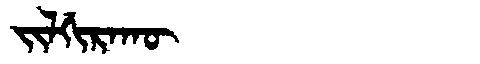
Manchu: ᠵᡳᠯᡤᡳᡵᠠᡴᡡ
Romanization: JILGIRAKŪ